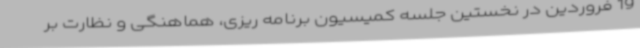
19 فروردین در نخستین جلسه کمیسیون برنامه ریزی، هماهنگی و نظارت بر